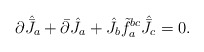
\begin{align*}\partial\hat{\bar{J}}_a+\bar\partial\hat{J}_a+\hat J_b\tilde f^{bc}_a\hat{\bar J}_c=0.\end{align*}